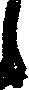
候